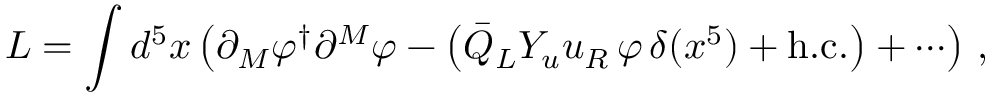
L = \int d ^ { 5 } x \left( \partial _ { M } \varphi ^ { \dagger } \partial ^ { M } \varphi - \left( \bar { Q } _ { L } Y _ { u } u _ { R } \, \varphi \, \delta ( x ^ { 5 } ) + \mathrm { h } . \mathrm { c } . \right) + \cdots \right) \, ,